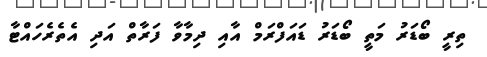
ތިރީ ބޯޑަރު މަތީ ބޯޑަރު ޑައަފްރަމް އާއި ދިމާވާ ފަރާތް އަދި އެތެރެހައްޓާ